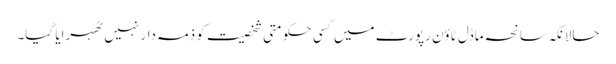
حالانکہ سانحہ ماڈل ٹاؤن رپورٹ میں کسی حکومتی شخصیت کو ذمہ دار نہیں ٹھہرایا گیا۔